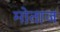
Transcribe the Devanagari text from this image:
मोताज